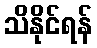
သိနိုင်ရန်